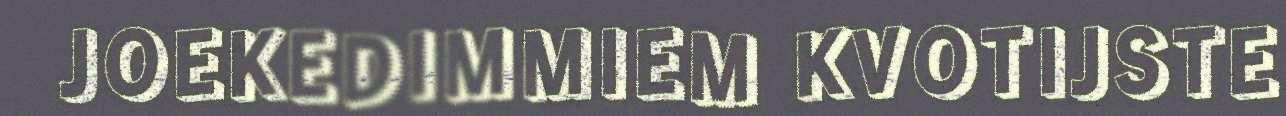
JOEKEDIMMIEM KVOTIJSTE